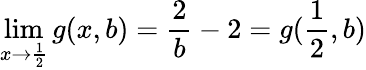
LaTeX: \operatorname*{lim}_{x\to\frac{1}{2}}g(x,b)=\frac{2}{b}-2=g(\frac{1}{2},b)